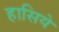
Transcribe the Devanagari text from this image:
हासिये